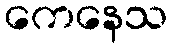
ကေနေသ